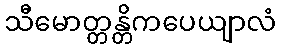
သီမောတ္တန္တိကပေယျာလံ